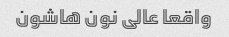
واقعا عالی نون هاشون